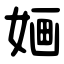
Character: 婳